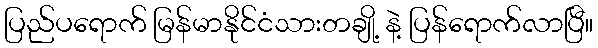
ပြည်ပရောက် မြန်မာနိုင်ငံသားတချို့ နဲ့ ပြန်ရောက်လာပြီ။